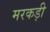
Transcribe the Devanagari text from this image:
मरकड़ी